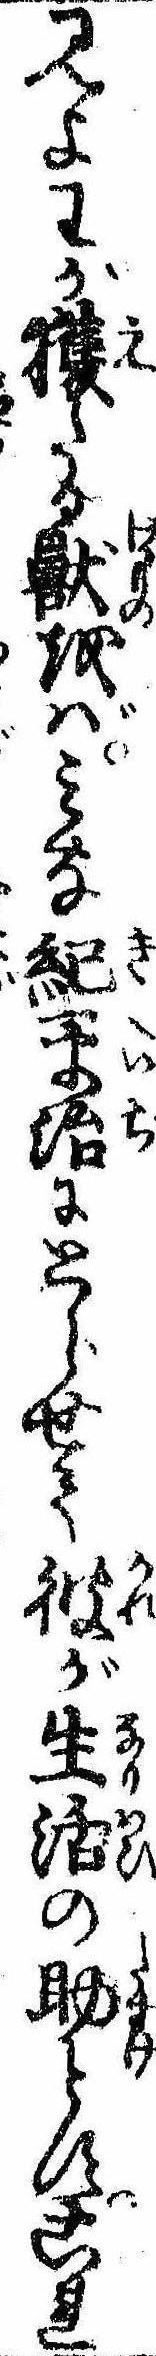
見よわが獲たる獣をばみな紀平治にとらせて彼が生活の助とすこれ